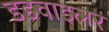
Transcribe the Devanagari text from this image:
डडवाइलर